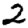
Digit: 2